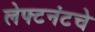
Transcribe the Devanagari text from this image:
लेफ्टनंटचे